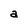
Character: a